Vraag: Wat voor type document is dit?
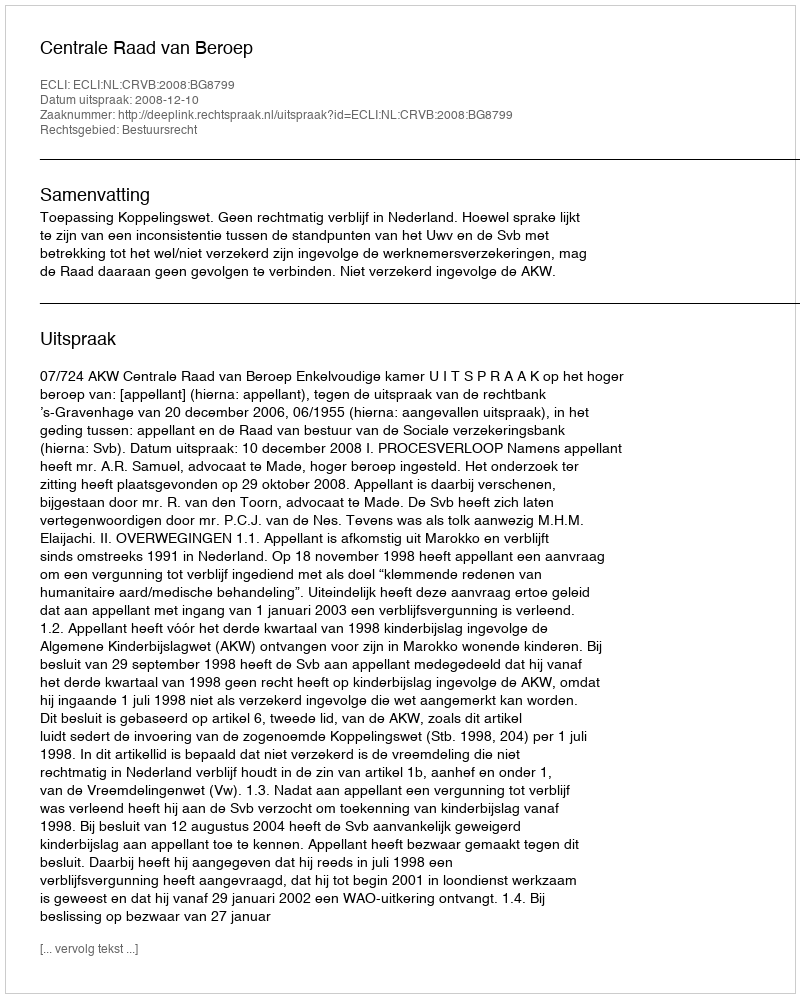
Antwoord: Uitspraak